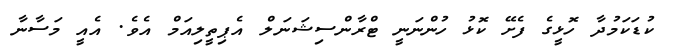
ކުޑަކަމުދާ ހޮޅީގެ ފެށޭ ކޮޅު ހުންނަނީ ޓްރާންސިޝަނަލް އެޕިތީލިއަމް އެވެ. އެއީ މަސާނާ